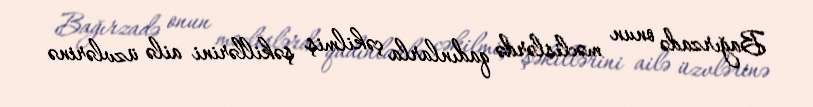
Bağırzadə onun məclislərdə qadınlarla çəkilmiş şəkillərini ailə üzvlərinə